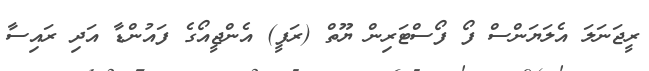
ރީޖަނަލަ އެލަޔަންސް ފޯ ފޯސްޓަރިން ޔޫތް (ރަފީ) އެންޖީއޯގެ ފައުންޑާ އަދި ރައިސާ